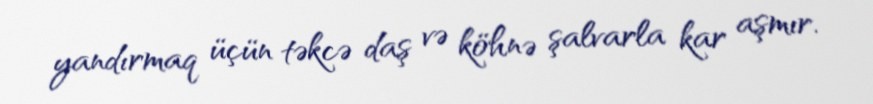
yandırmaq üçün təkcə daş və köhnə şalvarla kar aşmır.